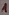
Text: 1